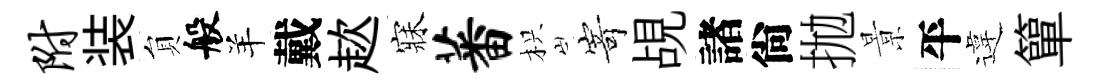
附装貟般羊戴趑寐蕃枳𭔃覘諸尙拋㬌平違簞